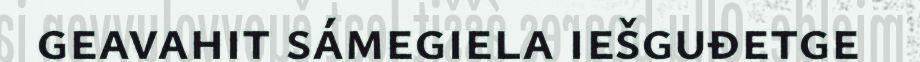
geavahit sámegiela iešguđetge